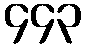
၄၄၃